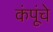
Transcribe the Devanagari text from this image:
कंपूंचे